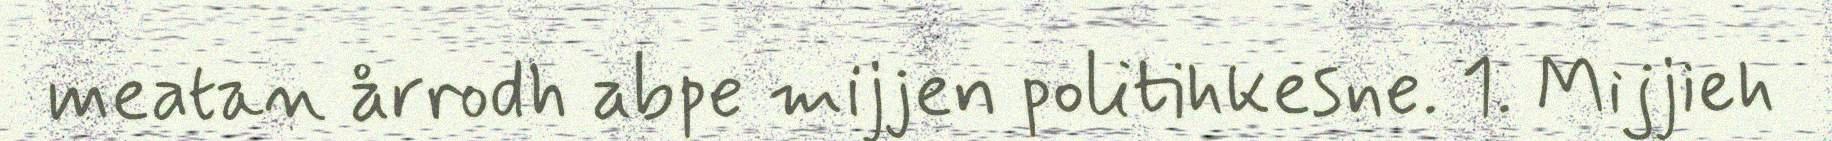
meatan årrodh abpe mijjen politihkesne. 1. Mijjieh